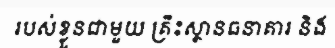
របស់ខ្លួនជាមួយ គ្រឹះស្ថានធនាគារ និង